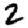
Digit: 2